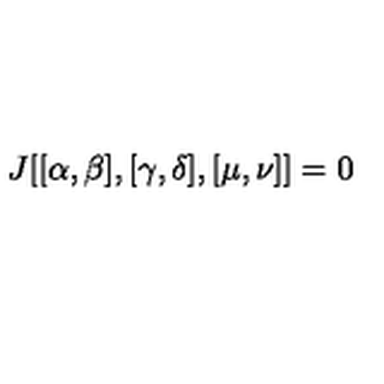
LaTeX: J [ [ \alpha , \beta ] , [ \gamma , \delta ] , [ \mu , \nu ] ] = 0